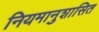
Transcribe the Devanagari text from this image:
नियमानुशासित